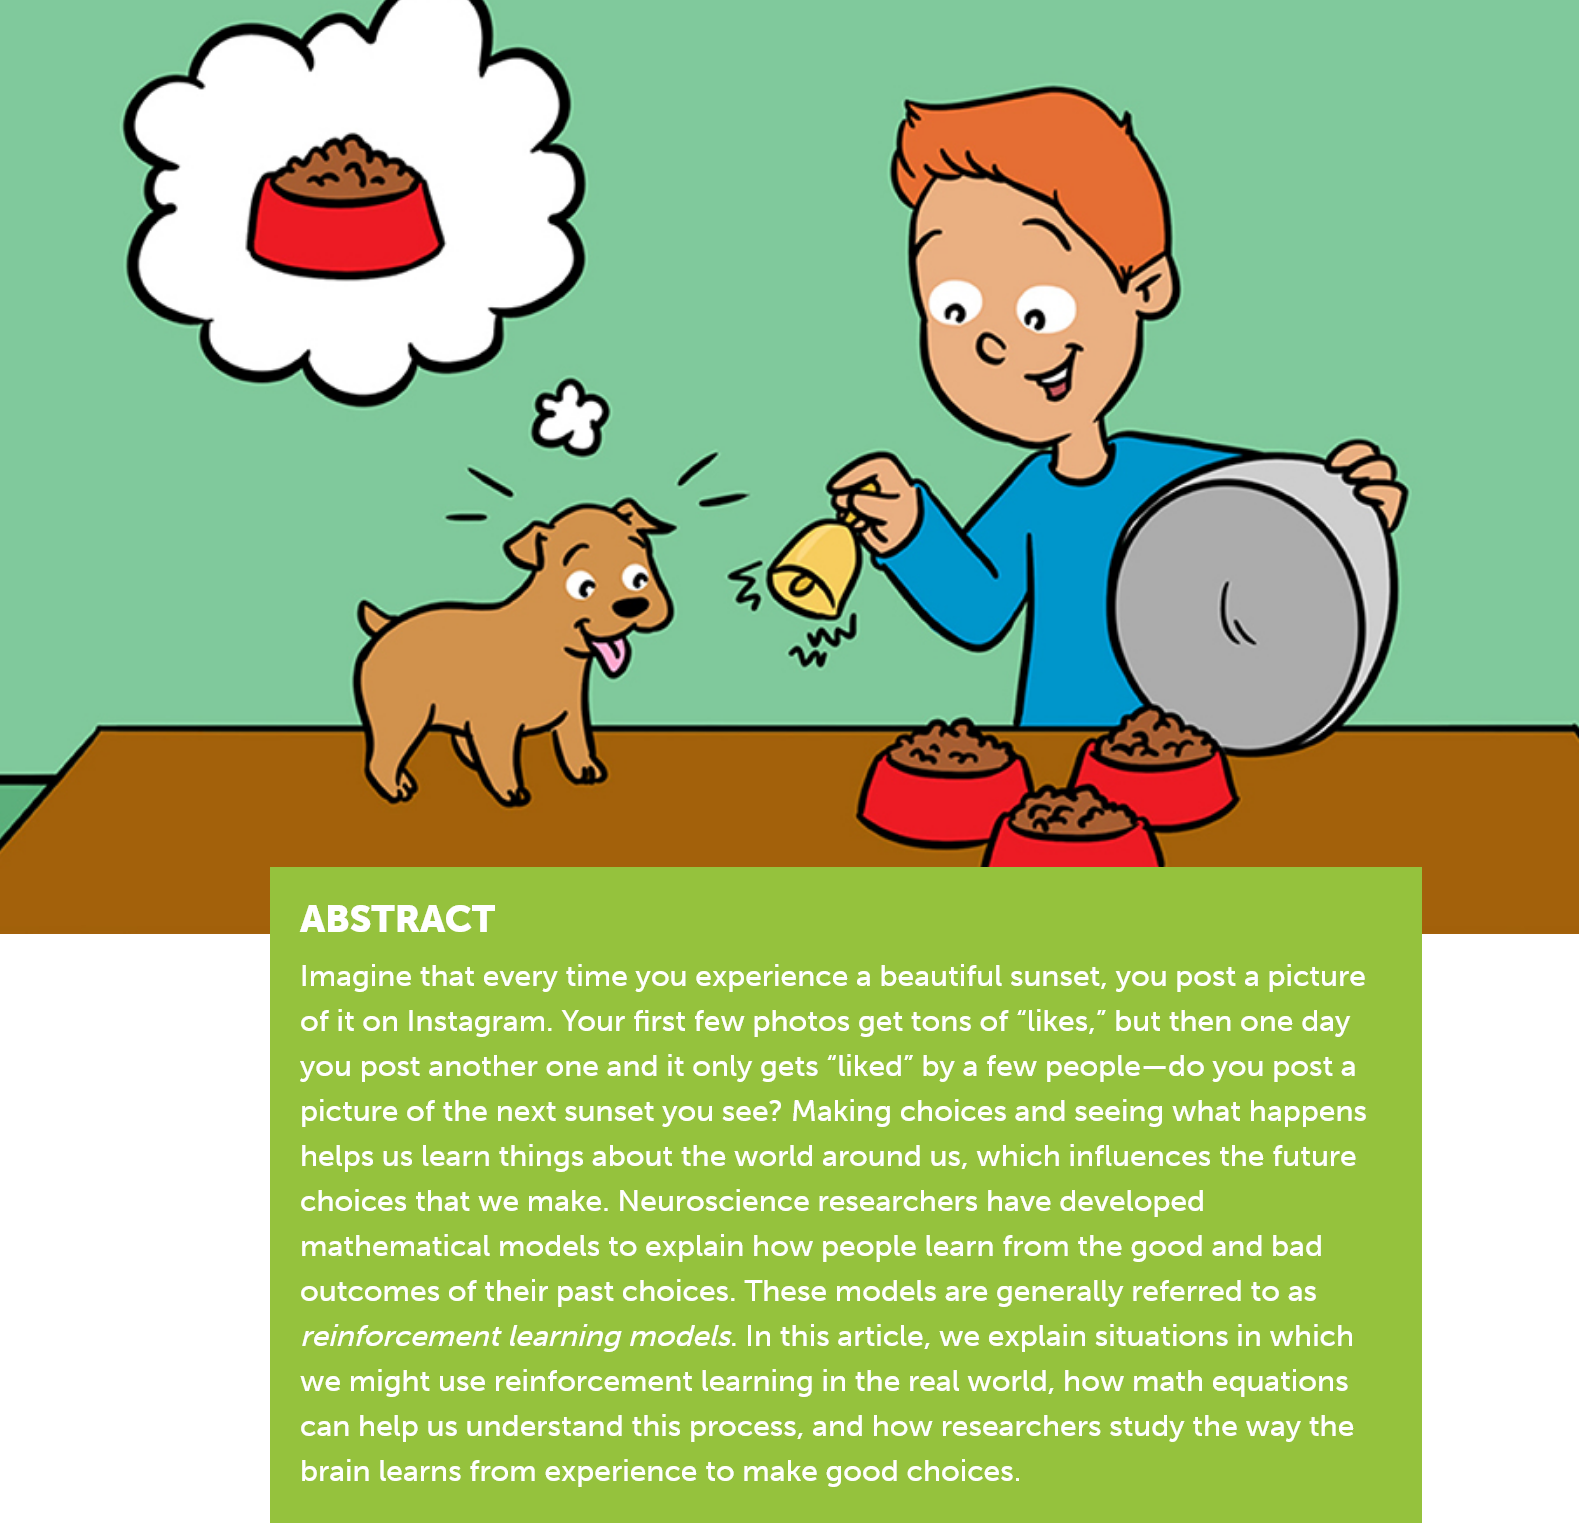
ABSTRACT
     Imagine that every time you experience a beautiful sunset, you post a picture
     of it on Instagram. Your first few photos get tons of “likes,” but then one day
     you post another one and it only gets “liked” by a few people—do you post a
     picture of the next sunset you see? Making choices and seeing what happens
     helps us learn things about the world around us, which influences the future
     choices that we make. Neuroscience researchers have developed
     mathematical models to explain how people learn from the good and bad
     outcomes of their past choices. These models are generally referred to as
     reinforcement learning models. |n this article, we explain situations in which
     we might use reinforcement learning in the real world, how math equations
     can help us understand this process, and how researchers study the way the
     brain learns from experience to make good choices.